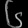
Digit: ၆